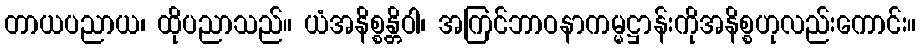
တာယပညာယ၊ ထိုပညာသည်။ ယံအနိစ္စန္တိဝါ၊ အကြင်ဘာဝနာကမ္မဋ္ဌာန်းကိုအနိစ္စဟုလည်းကောင်း။